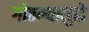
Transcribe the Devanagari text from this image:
गोठल्यामुळे